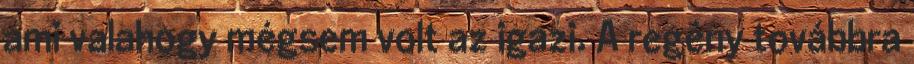
ami valahogy mégsem volt az igazi. A regény továbbra